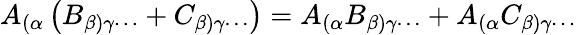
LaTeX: A_{(\alpha}\left(B_{\beta)\gamma\cdots}+C_{\beta)\gamma\cdots}\right)=A_{(\alpha}B_{\beta)\gamma\cdots}+A_{(\alpha}C_{\beta)\gamma\cdots}